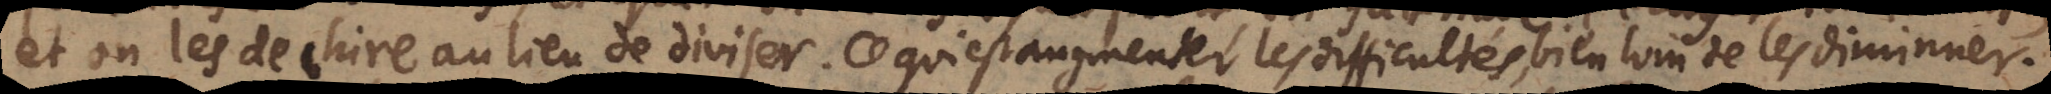
et on les dechire au lieu de diviser. Ce qui est augmenter les difficulte ´s, bien loin de les diminuer.